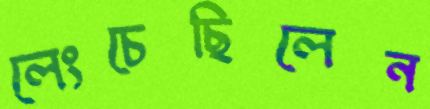
লেংচেছিলেন